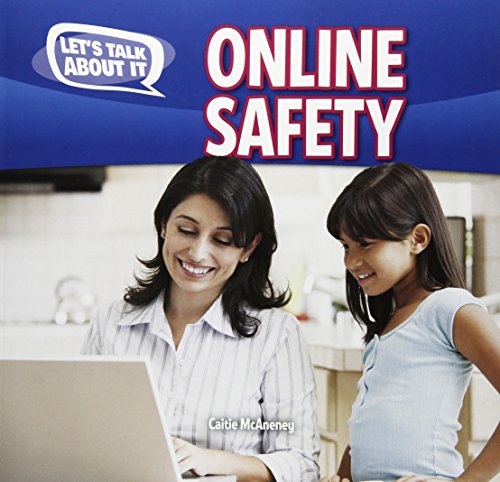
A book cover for Online Safety (Let's Talk About It); Caitie Mcaneney; Children's Books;